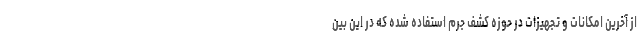
از آخرین امکانات و تجهیزات در حوزه کشف جرم استفاده شده که در این بین